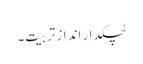
لچکدار اندازِ تربیّت۔